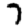
Digit: 7